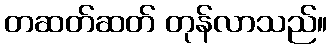
တဆတ်ဆတ် တုန်လာသည်။